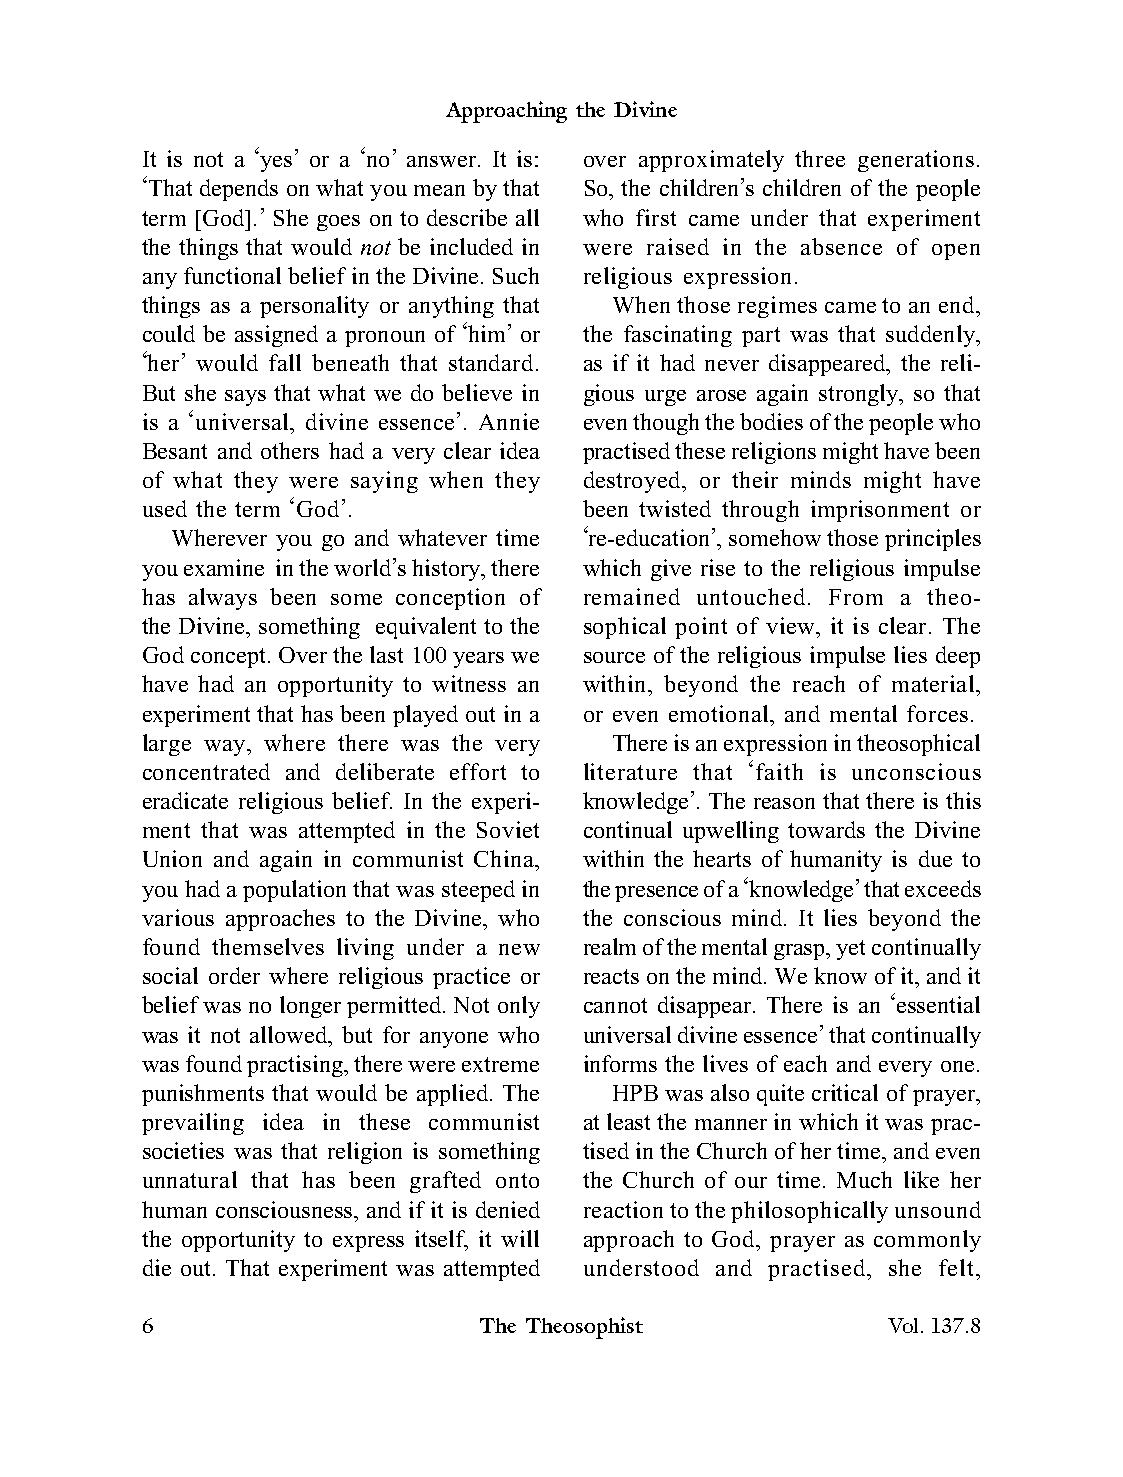
Approaching the Divine
 It is not a ‘yes’ or a ‘no’ answer. It is: over approximately three generations.
 ‘That depends on what you mean by that So, the children’s children of the people
 term [God].’ She goes on to describe all who first came under that experiment
 the things that would not be included in were raised in the absence of open
 any functional belief in the Divine. Such religious expression.
 things as a personality or anything that When those regimes came to an end,
 could be assigned a pronoun of ‘him’ or the fascinating part was that suddenly,
 ‘her’ would fall beneath that standard. as if it had never disappeared, the reli-
 But she says that what we do believe in gious urge arose again strongly, so that
 is a ‘universal, divine essence’. Annie even though the bodies of the people who
 Besant and others had a very clear idea practised these religions might have been
 of what they were saying when they destroyed, or their minds might have
 used the term ‘God’.          been twisted through imprisonment or
 Wherever you go and whatever time ‘re-education’, somehow those principles
 you examine in the world’s history, there which give rise to the religious impulse
 has always been some conception of remained untouched. From a theo-
 the Divine, something equivalent to the sophical point of view, it is clear. The
 God concept. Over the last 100 years we source of the religious impulse lies deep
 have had an opportunity to witness an within, beyond the reach of material,
 experiment that has been played out in a or even emotional, and mental forces.
 large way, where there was the very There is an expression in theosophical
 concentrated and deliberate effort to literature that ‘faith is unconscious
 eradicate religious belief. In the experi- knowledge’. The reason that there is this
 ment that was attempted in the Soviet continual upwelling towards the Divine
 Union and again in communist China, within the hearts of humanity is due to
 you had a population that was steeped in the presence of a ‘knowledge’ that exceeds
 various approaches to the Divine, who the conscious mind. It lies beyond the
 found themselves living under a new realm of the mental grasp, yet continually
 social order where religious practice or reacts on the mind. We know of it, and it
 belief was no longer permitted. Not only cannot disappear. There is an ‘essential
 was it not allowed, but for anyone who universal divine essence’ that continually
 was found practising, there were extreme informs the lives of each and every one.
 punishments that would be applied. The HPB was also quite critical of prayer,
 prevailing idea in these communist at least the manner in which it was prac-
 societies was that religion is something tised in the Church of her time, and even
 unnatural that has been grafted onto the Church of our time. Much like her
 human consciousness, and if it is denied reaction to the philosophically unsound
 the opportunity to express itself, it will approach to God, prayer as commonly
 die out. That experiment was attempted understood and practised, she felt,
 6                      The Theosophist            Vol.137.8